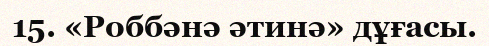
15. «Роббәнә әтинә» дұғасы.